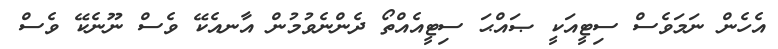
އެހެން ނަމަވެސް ސިޓީއަކީ ޞައްޙަ ސިޓީއެއްތޯ ދެންނެވުމުން އާނއެކޭ ވެސް ނޫނެކޭ ވެސް